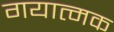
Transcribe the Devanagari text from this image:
गयात्मक